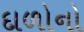
દાળોનો